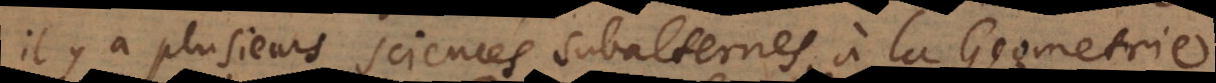
il y a plusieurs sciences subalternes à la Geometri